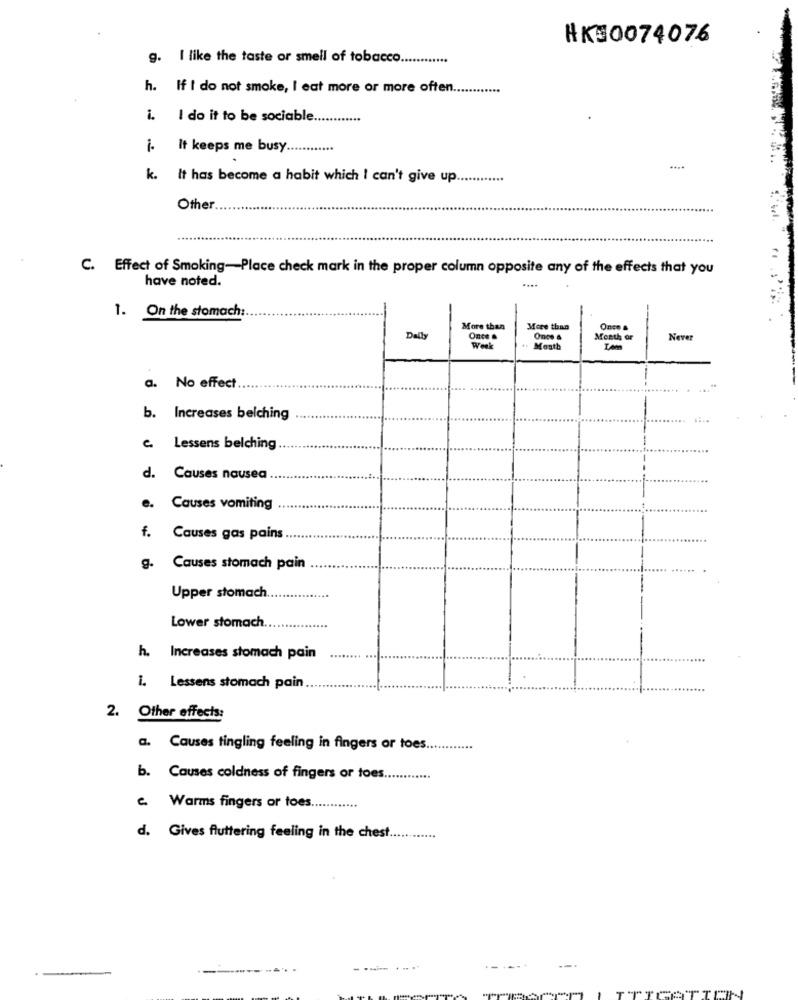
HK30074076
g. I like the taste or smell of tobacco ....
h. If I do not smoke, I eat more or more often ............
i.
I do it to be sociable.
i. It keeps me busy ...
k. It has become a habit which I can't give up ............
Other.
C. Effect of Smoking-Place check mark in the proper column opposite any of the effects that you
have noted.
....
1. On the stomach
More than
More than
Once &
Daily
Once .
Once &
Month or
Never
Week
Month
-
a. No effect
b. Increases belching
C Lessens belching
d. Causes nausea
e. Causes vomiting
f. Causes gas pains
g. Causes stomach pain
Upper stomach
Lower stomach.
h. Increases stomach pain
i. Lessens stomach pain
2. Other effects:
a. Causes tingling feeling in fingers or toes.
b. Causes coldness of fingers or toes ............
e Warms fingers or toes ...
d. Gives fluttering feeling in the chest.
--.